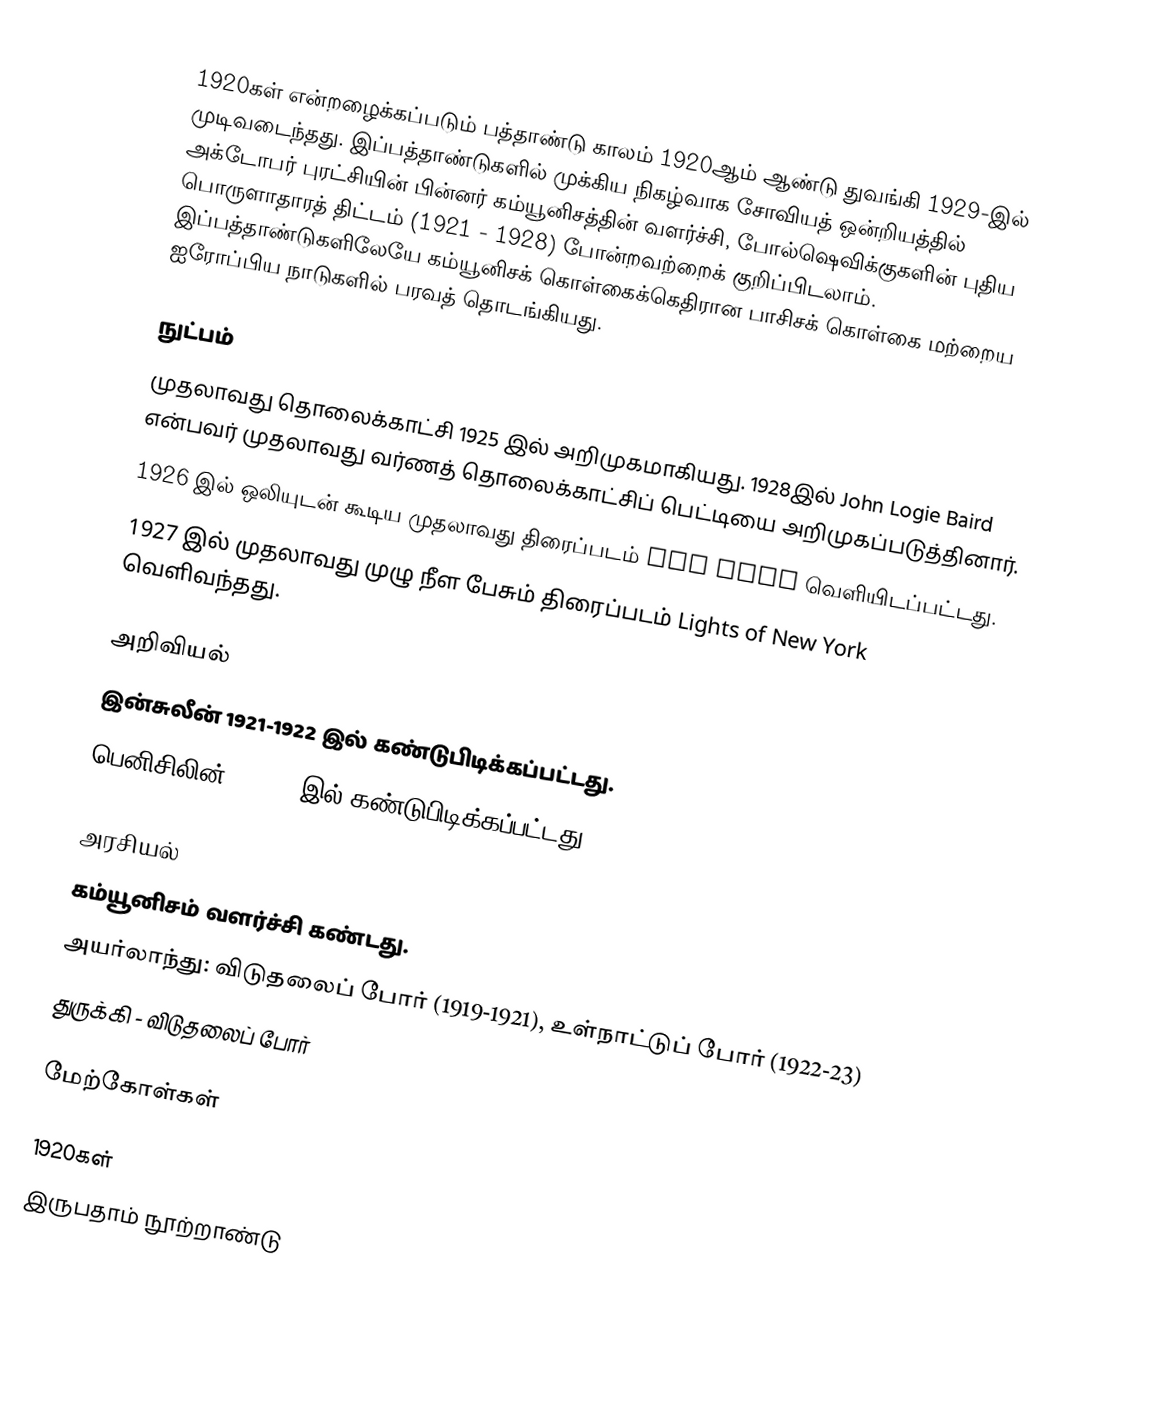
1920கள் என்றழைக்கப்படும் பத்தாண்டு காலம் 1920ஆம் ஆண்டு துவங்கி 1929-இல் முடிவடைந்தது. இப்பத்தாண்டுகளில் முக்கிய நிகழ்வாக சோவியத் ஒன்றியத்தில் அக்டோபர் புரட்சியின் பின்னர் கம்யூனிசத்தின் வளர்ச்சி, போல்ஷெவிக்குகளின் புதிய பொருளாதாரத் திட்டம் (1921 - 1928) போன்றவற்றைக் குறிப்பிடலாம். இப்பத்தாண்டுகளிலேயே கம்யூனிசக் கொள்கைக்கெதிரான பாசிசக் கொள்கை மற்றைய ஐரோப்பிய நாடுகளில் பரவத் தொடங்கியது.

நுட்பம்
 முதலாவது தொலைக்காட்சி 1925 இல் அறிமுகமாகியது. 1928இல் John Logie Baird என்பவர் முதலாவது வர்ணத் தொலைக்காட்சிப் பெட்டியை அறிமுகப்படுத்தினார்.
 1926 இல் ஒலியுடன் கூடிய முதலாவது திரைப்படம் Don Juan வெளியிடப்பட்டது.
 1927 இல் முதலாவது முழு நீள பேசும் திரைப்படம் Lights of New York வெளிவந்தது.

அறிவியல்
 இன்சுலீன் 1921-1922 இல் கண்டுபிடிக்கப்பட்டது.
 பெனிசிலின் (1928) இல் கண்டுபிடிக்கப்பட்டது.

அரசியல்
 கம்யூனிசம் வளர்ச்சி கண்டது.
 அயர்லாந்து: விடுதலைப் போர் (1919-1921), உள்நாட்டுப் போர் (1922-23)
 துருக்கி - விடுதலைப் போர்

மேற்கோள்கள்

1920கள்
இருபதாம் நூற்றாண்டு